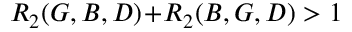
R _ { 2 } ( G , B , D ) \! + \! R _ { 2 } ( B , G , D ) > 1